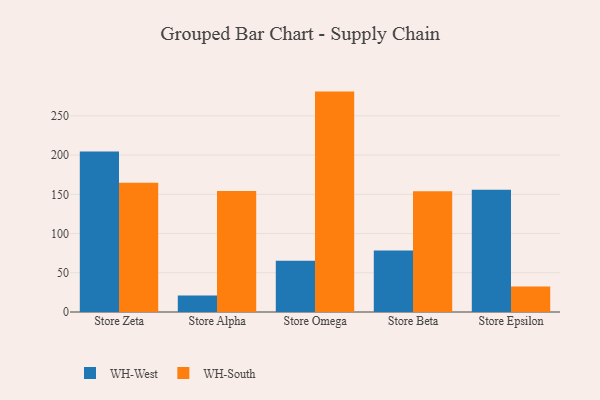
{"axis": {"x": "Store", "y": "Demand Index"}, "legend": ["WH-South", "WH-West"], "data": [{"x": "Store Zeta", "y": 204.6, "type": "WH-West"}, {"x": "Store Zeta", "y": 164.7, "type": "WH-South"}, {"x": "Store Alpha", "y": 21.1, "type": "WH-West"}, {"x": "Store Alpha", "y": 154.3, "type": "WH-South"}, {"x": "Store Omega", "y": 65.2, "type": "WH-West"}, {"x": "Store Omega", "y": 280.9, "type": "WH-South"}, {"x": "Store Beta", "y": 78.3, "type": "WH-West"}, {"x": "Store Beta", "y": 153.9, "type": "WH-South"}, {"x": "Store Epsilon", "y": 155.9, "type": "WH-West"}, {"x": "Store Epsilon", "y": 32.5, "type": "WH-South"}]}